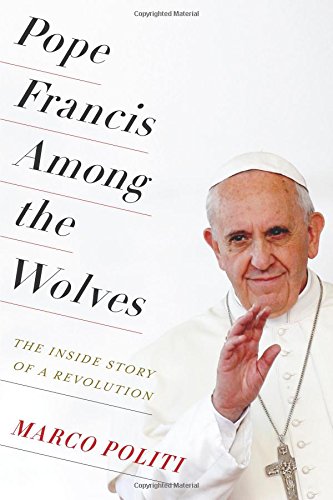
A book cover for Pope Francis Among the Wolves: The Inside Story of a Revolution; Marco Politi; Biographies & Memoirs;